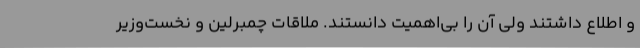
و اطلاع داشتند ولی آن را بی‌اهمیت دانستند. ملاقات چمبرلین و نخست‌وزیر